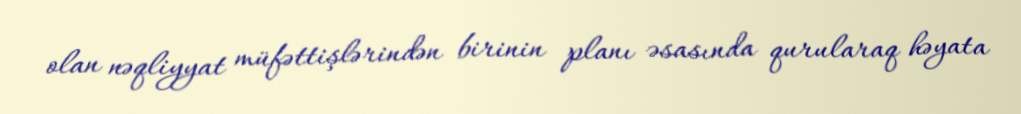
olan nəqliyyat müfəttişlərindən birinin planı əsasında qurularaq həyata